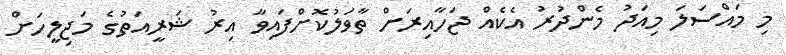
މި މައްސަލަ މިއަދު މެންދުރު އެކެއް ޖަހާއިރަށް ތާވަލުކޮށްފައިވާ އިރު ޝަރީއަތުގެ މަޖިލީހަށް